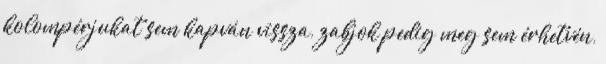
kolompérjukat sem kapván vissza, zabjok pedig meg sem érhetvén,